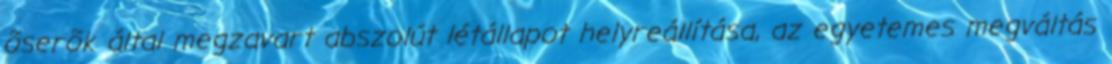
õserõk által megzavart abszolút létállapot helyreállítása, az egyetemes megváltás